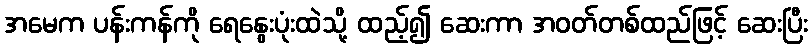
အမေက ပန်းကန်ကို ရေနွေးပုံးထဲသို့ ထည့်၍ ဆေးကာ အဝတ်တစ်ထည်ဖြင့် ဆေးပြီး